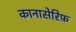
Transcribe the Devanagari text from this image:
कानासेरिफ़